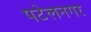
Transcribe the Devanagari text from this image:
पटेलनगर